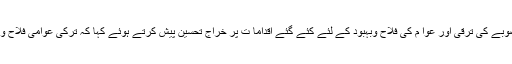
جناب طیب اردگان نے وزیراعلیٰ شہباز شریف کو صوبے کی ترقی اور عوا م کی فلاح وبہبود کے لئے کئے گئے اقداما ت پر خراج تحسین پیش کرتے ہوئے کہا کہ ترکی عوامی فلاح وبہبود کے منصوبو ں میں اپنا تعاون جاری رکھے گا۔